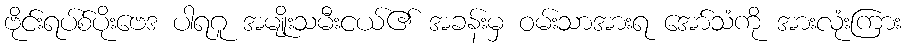
ဗိုင်းရပ်စ်ပိုးဗေဒ ပါရဂူ အမျိုးသမီးငယ်၏ အခန်းမှ ဝမ်းသာအားရ အော်သံကို အားလုံးကြား